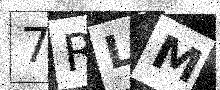
Text: 7RLM